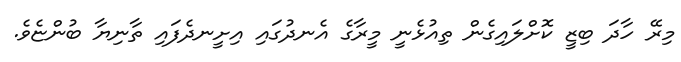
މިރޭ ހާދަ ބިޒީ ކޮށްލައިގެން ތިއުޅެނީ މީރާގެ އެނދުގައި އިށީނދެފައި ތާނިޔާ ބުންޏެވެ.